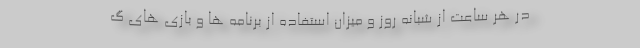
در هر ساعت از شبانه روز و ميزان استفاده از برنامه ها و بازي های گ